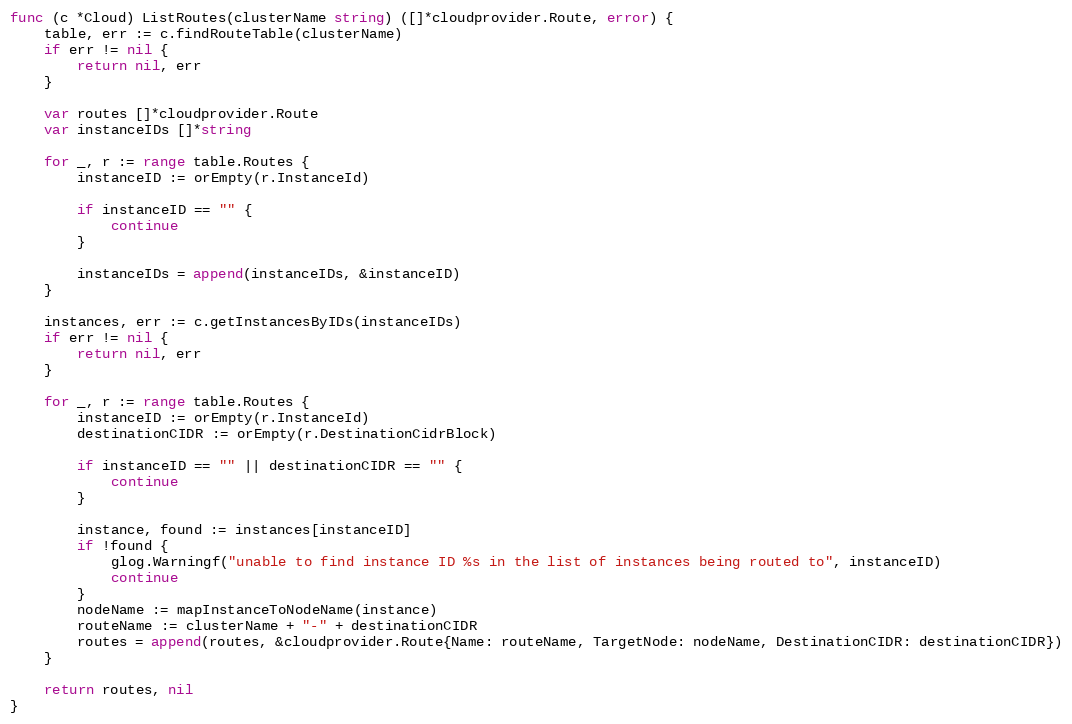
Language: Go
func (c *Cloud) ListRoutes(clusterName string) ([]*cloudprovider.Route, error) {
	table, err := c.findRouteTable(clusterName)
	if err != nil {
		return nil, err
	}

	var routes []*cloudprovider.Route
	var instanceIDs []*string

	for _, r := range table.Routes {
		instanceID := orEmpty(r.InstanceId)

		if instanceID == "" {
			continue
		}

		instanceIDs = append(instanceIDs, &instanceID)
	}

	instances, err := c.getInstancesByIDs(instanceIDs)
	if err != nil {
		return nil, err
	}

	for _, r := range table.Routes {
		instanceID := orEmpty(r.InstanceId)
		destinationCIDR := orEmpty(r.DestinationCidrBlock)

		if instanceID == "" || destinationCIDR == "" {
			continue
		}

		instance, found := instances[instanceID]
		if !found {
			glog.Warningf("unable to find instance ID %s in the list of instances being routed to", instanceID)
			continue
		}
		nodeName := mapInstanceToNodeName(instance)
		routeName := clusterName + "-" + destinationCIDR
		routes = append(routes, &cloudprovider.Route{Name: routeName, TargetNode: nodeName, DestinationCIDR: destinationCIDR})
	}

	return routes, nil
}